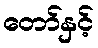
တော်နှင့်